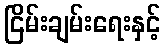
ငြိမ်းချမ်းရေးနှင့်